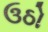
ઉઠો